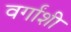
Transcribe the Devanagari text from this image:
वर्गांशी